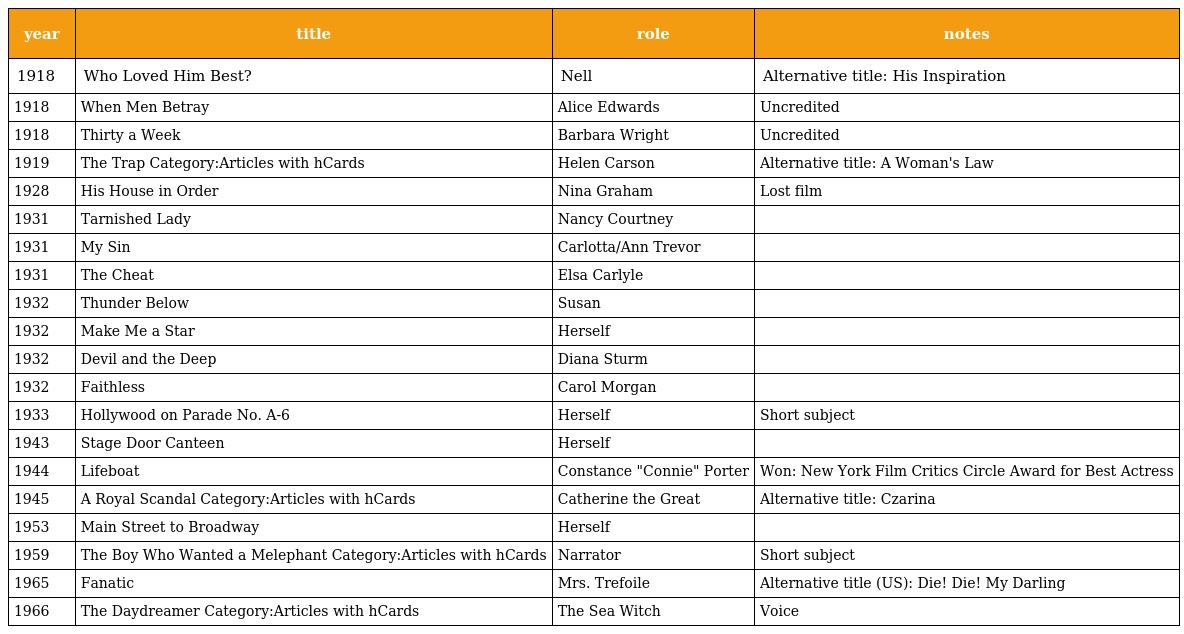
| year | title | role | notes |
 | --- | --- | --- | --- |
 | 1918 | Who Loved Him Best? | Nell | Alternative title: His Inspiration |
 | 1918 | When Men Betray | Alice Edwards | Uncredited |
 | 1918 | Thirty a Week | Barbara Wright | Uncredited |
 | 1919 | The Trap Category:Articles with hCards | Helen Carson | Alternative title: A Woman's Law |
 | 1928 | His House in Order | Nina Graham | Lost film |
 | 1931 | Tarnished Lady | Nancy Courtney |  |
 | 1931 | My Sin | Carlotta/Ann Trevor |  |
 | 1931 | The Cheat | Elsa Carlyle |  |
 | 1932 | Thunder Below | Susan |  |
 | 1932 | Make Me a Star | Herself |  |
 | 1932 | Devil and the Deep | Diana Sturm |  |
 | 1932 | Faithless | Carol Morgan |  |
 | 1933 | Hollywood on Parade No. A-6 | Herself | Short subject |
 | 1943 | Stage Door Canteen | Herself |  |
 | 1944 | Lifeboat | Constance "Connie" Porter | Won: New York Film Critics Circle Award for Best Actress |
 | 1945 | A Royal Scandal Category:Articles with hCards | Catherine the Great | Alternative title: Czarina |
 | 1953 | Main Street to Broadway | Herself |  |
 | 1959 | The Boy Who Wanted a Melephant Category:Articles with hCards | Narrator | Short subject |
 | 1965 | Fanatic | Mrs. Trefoile | Alternative title (US): Die! Die! My Darling |
 | 1966 | The Daydreamer Category:Articles with hCards | The Sea Witch | Voice |